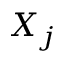
X _ { j }